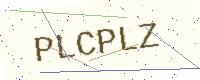
Text: PLCPLZ